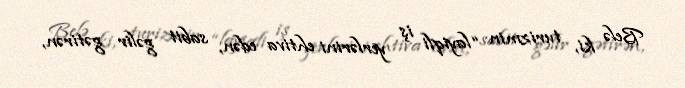
Belə ki, turizmin “layiqli iş yerlərini ehtiva edən, sabit gəlir gətirən,